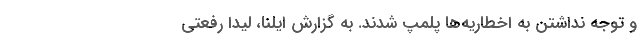
و توجه نداشتن به اخطاریه‌ها پلمپ شدند. به گزارش ایلنا، لیدا رفعتی